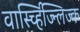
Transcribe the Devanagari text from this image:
वार्स्च्हिज्न्लिज्क